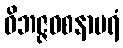
ဝိဘဇ္ဇဝစနာပရံ